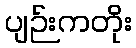
ပျဉ်းကတိုး